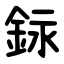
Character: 銢